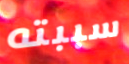
سببته